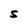
Character: S